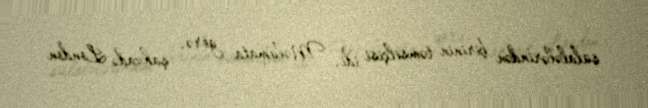
sülalələrindən birinin təmsilçisi idi. Məlumata görə, şahzadə London